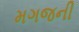
મગજની